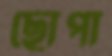
ছোপা